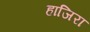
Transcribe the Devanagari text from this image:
हाजिरा